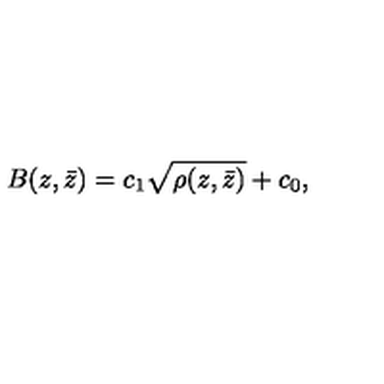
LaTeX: B ( z , \bar { z } ) = c _ { 1 } \sqrt { \rho ( z , \bar { z } ) } + c _ { 0 } ,